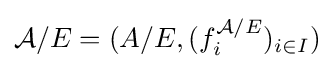
{\mathcal {A}}/E=(A/E,(f_{i}^{{\mathcal {A}}/E})_{i\in I})